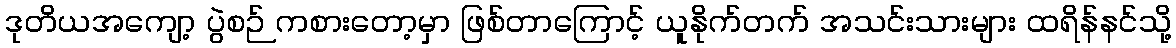
ဒုတိယအကျော့ ပွဲစဉ် ကစားတော့မှာ ဖြစ်တာကြောင့် ယူနိုက်တက် အသင်းသားများ ထရိန်နင်သို့